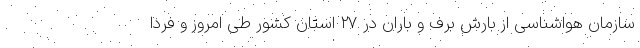
سازمان هواشناسی از بارش برف و باران در ۲۷ استان کشور طی امروز و فردا